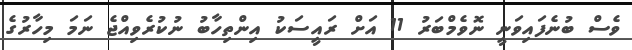
ވެސް ބުނެފައިވަނީ ނޮވެމްބަރު 11 އަށް ރައީސަކު އިންތިހާބު ނުކުރެވިއްޖެ ނަމަ މިހާރުގެ